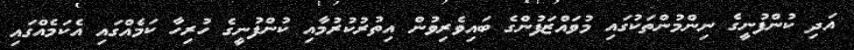
އަދި ކުންފުނީގެ ނިންމުންތަކުގައި މުވައްޒަފުންގެ ބައިވެރިވުން އިތުރުކުރުމާއި ކުންފުނީގެ ހުރިހާ ކަމެއްގައި އެކަމެއްގައި